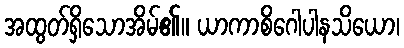
အထွတ်ရှိသောအိမ်၏။ ယာကာစိဂေါပါနသိယော၊